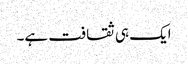
ایک ہی ثقافت ہے۔